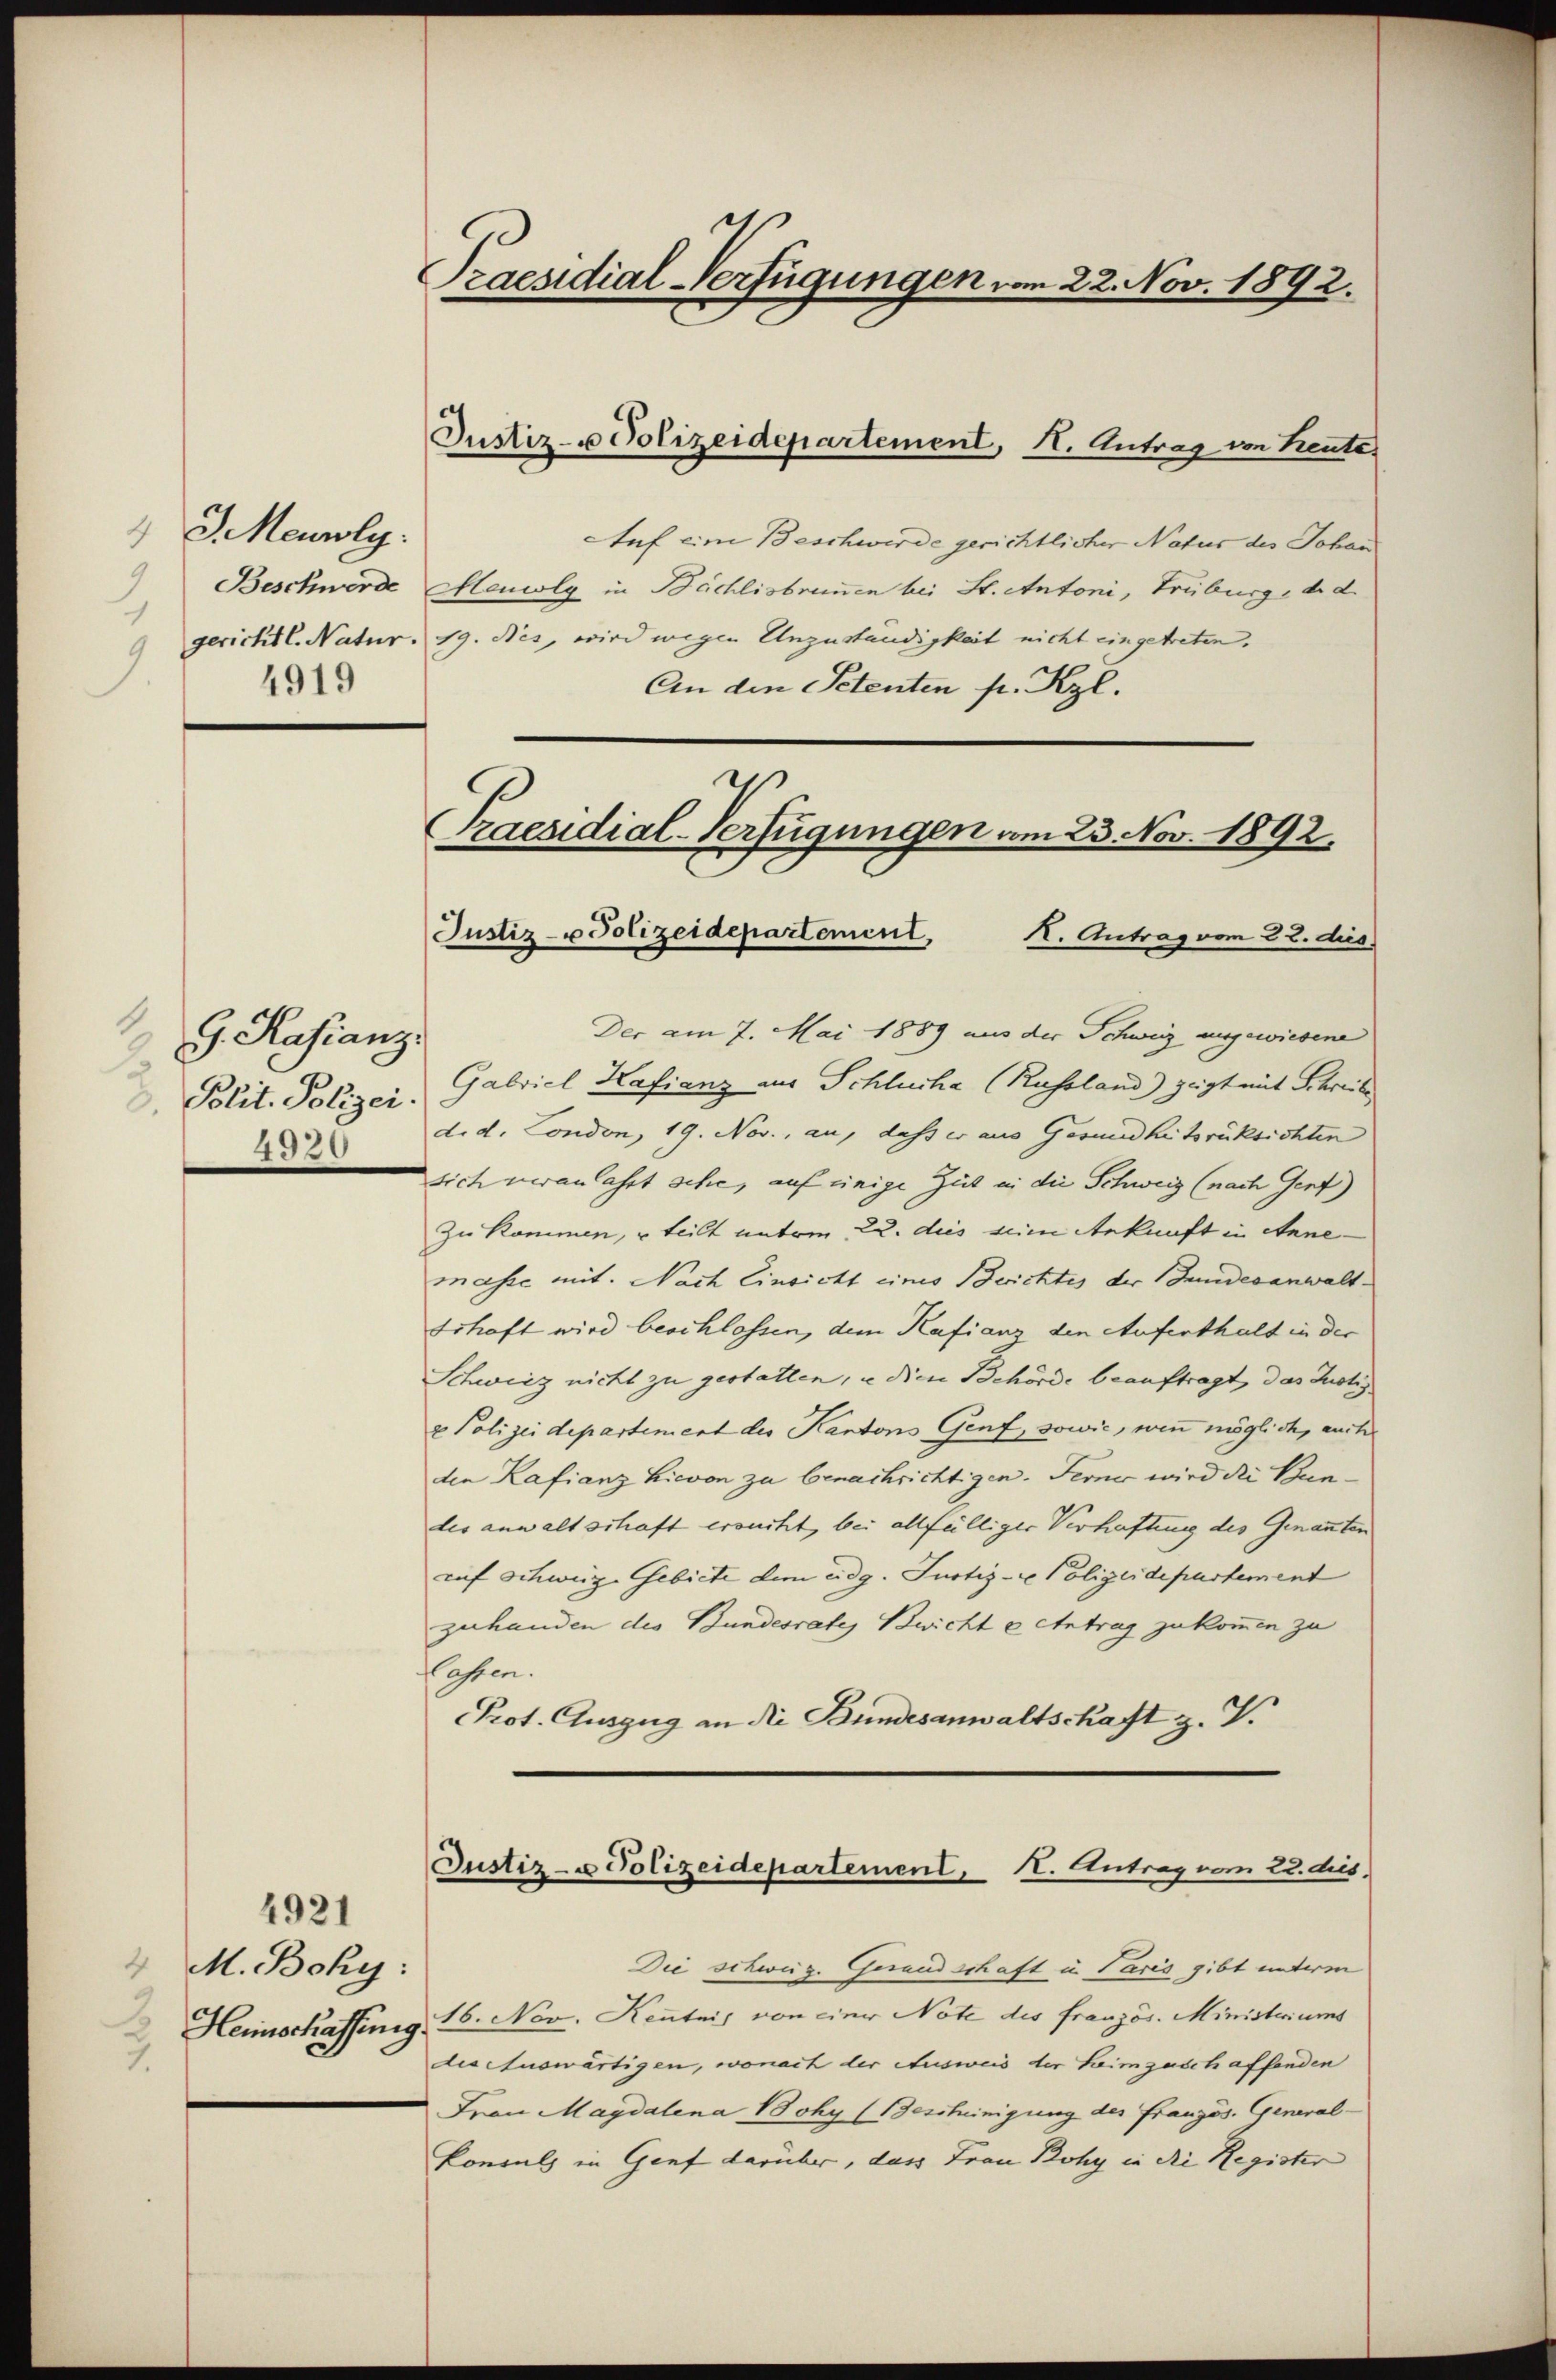
J. Meuroly:
 Beschwerde
1
9 gerichtl. Natur.
4919

J. Kastanz
 Polit. Polizei.
4920

4921
M. Bohy:
4
 Heinschaffung.
1.

Praesidial-Verfügungen von 22. Nov. 1892.

Justiz- u Polizeidepartement, II. Antrag von Leute

Auf eine Beschwerde gerichtlicher Natur des Johan
Meuolg in Bächlisbrunnen bei St. Antoni, Trübung, d. d.
19. Nes, wird wegen Unzuständigkeit nicht eingetreten.
An den Petenten pr. Kgl.
Der am 7. Mai 1889 aus der Schweiz ausgewiesene
Gabviel Kafianz aus Schlucha (Russland) zeigt mit Schreibe
d. d. London, 19. Nov., an, dass er aus Gesundheitsrücksichten
sich veranlasst sehe, auf einige Zeit in die Schweiz (nach Gent)
Zu kommen, u teilt unterm 22. dies sein Ankunft in Anne
masie mit. Nach Einsicht eines Berichtes der Bundesanwalt¬
Schaft wird beschlossen, dem Kafianz den Aufenthalt in der
Schweiz nicht zu gestatten, u die Behörde beauftragt, das Justiz
u Polizeidepartement der Kantons Genf, sowie, wenn möglich, auch
den Kafianz hievon zu benachrichtigen. Ferner wird die Bundes anwaltschaft ersucht, bei allfälliger Verhaftung des Genannten
auf schweiz. Gebiete dem eidg. Justiz- & Polizeidepartement
zuhanden des Bundesrates Beichte Antrag zukommen zu
lassen.
Prot. Auszug an die Bundesanwaltschaft z. V.

.
Praesidial-Verfügungen am 23. Nov. 1892.
Justiz- u Polizeidepartement, H. Antrag vom 22. ds.

Justiz- u Polizeidepartement, I. Antrag vom 22. dies,

Die schweig. Gesandschaft in Paris gibt unterm
16. Nov. Kenntnis von einer Note des französ. Ministeriums
des Auswärtigen, wonach der Ausweis der heimzusch affenden
Frau Magdalena Bohy (Bescheinigung der Französ. General-
Konsuls in Genf darüber, dass Frau Rohy in die Register